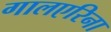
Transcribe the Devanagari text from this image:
गालएरिना